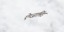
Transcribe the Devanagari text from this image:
ऐग्जामिंड